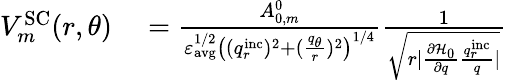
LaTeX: \begin{array}{rl}{V_{m}^{\mathrm{SC}}(r,\theta)}&{{}=\frac{A_{0,m}^{0}}{\varepsilon_{\mathrm{avg}}^{1/2}\left((q_{r}^{\mathrm{inc}})^{2}+(\frac{q_{\theta}}{r})^{2}\right)^{1/4}}\frac{1}{\sqrt{r|\frac{\partial\mathcal{H}_{0}}{\partial q}\frac{q_{r}^{\mathrm{inc}}}{q}|}}}\end{array}